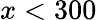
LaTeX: x<300